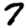
Digit: 7